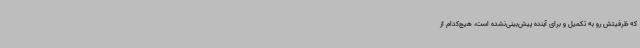
که ظرفیتش رو به تکمیل و برای آینده پیش‌بینی‌نشده است، هیچ‌کدام از